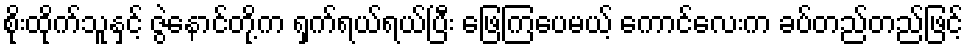
စိုးထိုက်သူနှင့် ဇွဲနောင်တို့က ရှက်ရယ်ရယ်ပြီး ဖြေကြပေမယ့် ကောင်လေးက ခပ်တည်တည်ဖြင့်